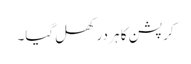
کرپشن کا ہر در کھل گیا۔